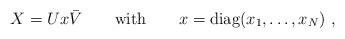
LaTeX: \begin{align*}X = Ux\bar V \qquad {\rm with} \qquad x = {\rm diag}(x_1,\ldots,x_N) \ ,\end{align*}